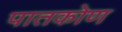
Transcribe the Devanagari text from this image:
पातकोण